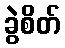
ခွဲစိတ်